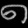
Digit: ၈